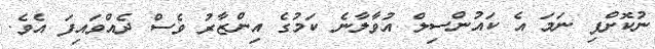
ނުކޮށްފި ނަމަ އެ ކައުންސިލް އުވާލާނެ ކަމުގެ އިންޒާރު ވެސް ދެއްވައިފަ އެވެ.